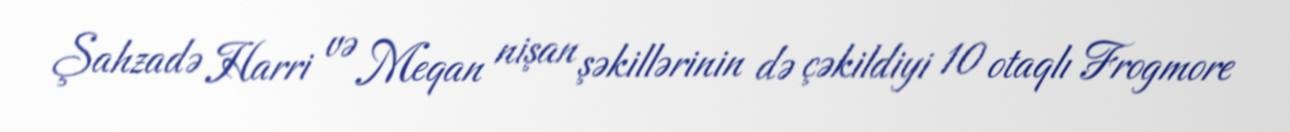
Şahzadə Harri və Meqan nişan şəkillərinin də çəkildiyi 10 otaqlı Frogmore